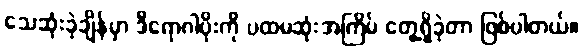
သေဆုံးခဲ့ချိန်မှာ ဒီရောဂါပိုးကို ပထမဆုံးအကြိမ် တွေ့ရှိခဲ့တာ ဖြစ်ပါတယ်။